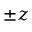
\pm z